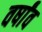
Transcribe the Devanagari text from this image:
वर्षांव